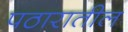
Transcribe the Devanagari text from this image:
पठारातील